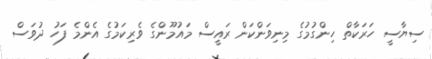
ސިޔާސީ ހަރަކާތް ހިންގުމުގެ މިނިވަންކަން ރައީސް މައުމޫންގެ ވެރިކަމުގެ އެންމެ ފަހު ދުވަސް